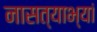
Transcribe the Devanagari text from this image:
नासत्याभ्यां